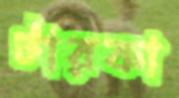
টারকা